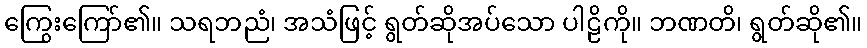
ကြွေးကြော်၏။ သရဘညံ၊ အသံဖြင့် ရွတ်ဆိုအပ်သော ပါဠိကို။ ဘဏတိ၊ ရွတ်ဆို၏။